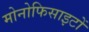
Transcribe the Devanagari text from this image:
मोनोफिसाइटों